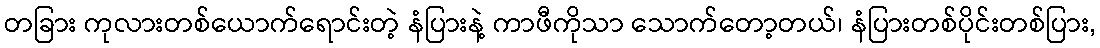
တခြား ကုလားတစ်ယောက်ရောင်းတဲ့ နံပြားနဲ့ ကာဖီကိုသာ သောက်တော့တယ်၊ နံပြားတစ်ပိုင်းတစ်ပြား,